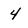
Character: 4